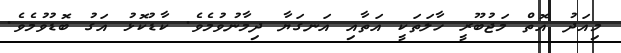
މިއަދު އޮތް މަޖުބޫރީ ހާލަތަކީ އަތާއި އަނގަޔާ ދިމާނުވުމެވެ. ކާޑުކޮޅު އަގު ބޮޑުވުމެވެ.